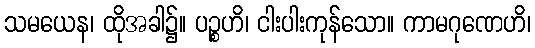
သမယေန၊ ထိုအခါ၌။ ပဉ္စဟိ၊ ငါးပါးကုန်သော။ ကာမဂုဏေဟိ၊